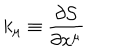
LaTeX: k _ { \mu } { } \equiv { } \displaystyle \frac { \partial { \cal S } } { \partial x ^ { \mu } }